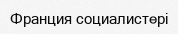
Франция социалистері